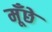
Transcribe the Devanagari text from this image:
मूँछे